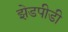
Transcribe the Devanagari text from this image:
झेडपीडी